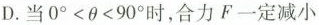
D.当$$0^{\circ}<\theta <90^{\circ}$$时，合力F一定减小